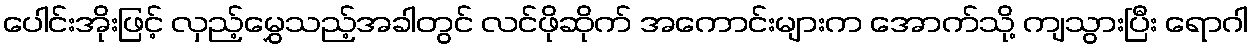
ပေါင်းအိုးဖြင့် လှည့်မွှေသည့်အခါတွင် လင်ဖိုဆိုက် အကောင်းများက အောက်သို့ ကျသွားပြီး ရောဂါ